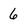
Character: 6